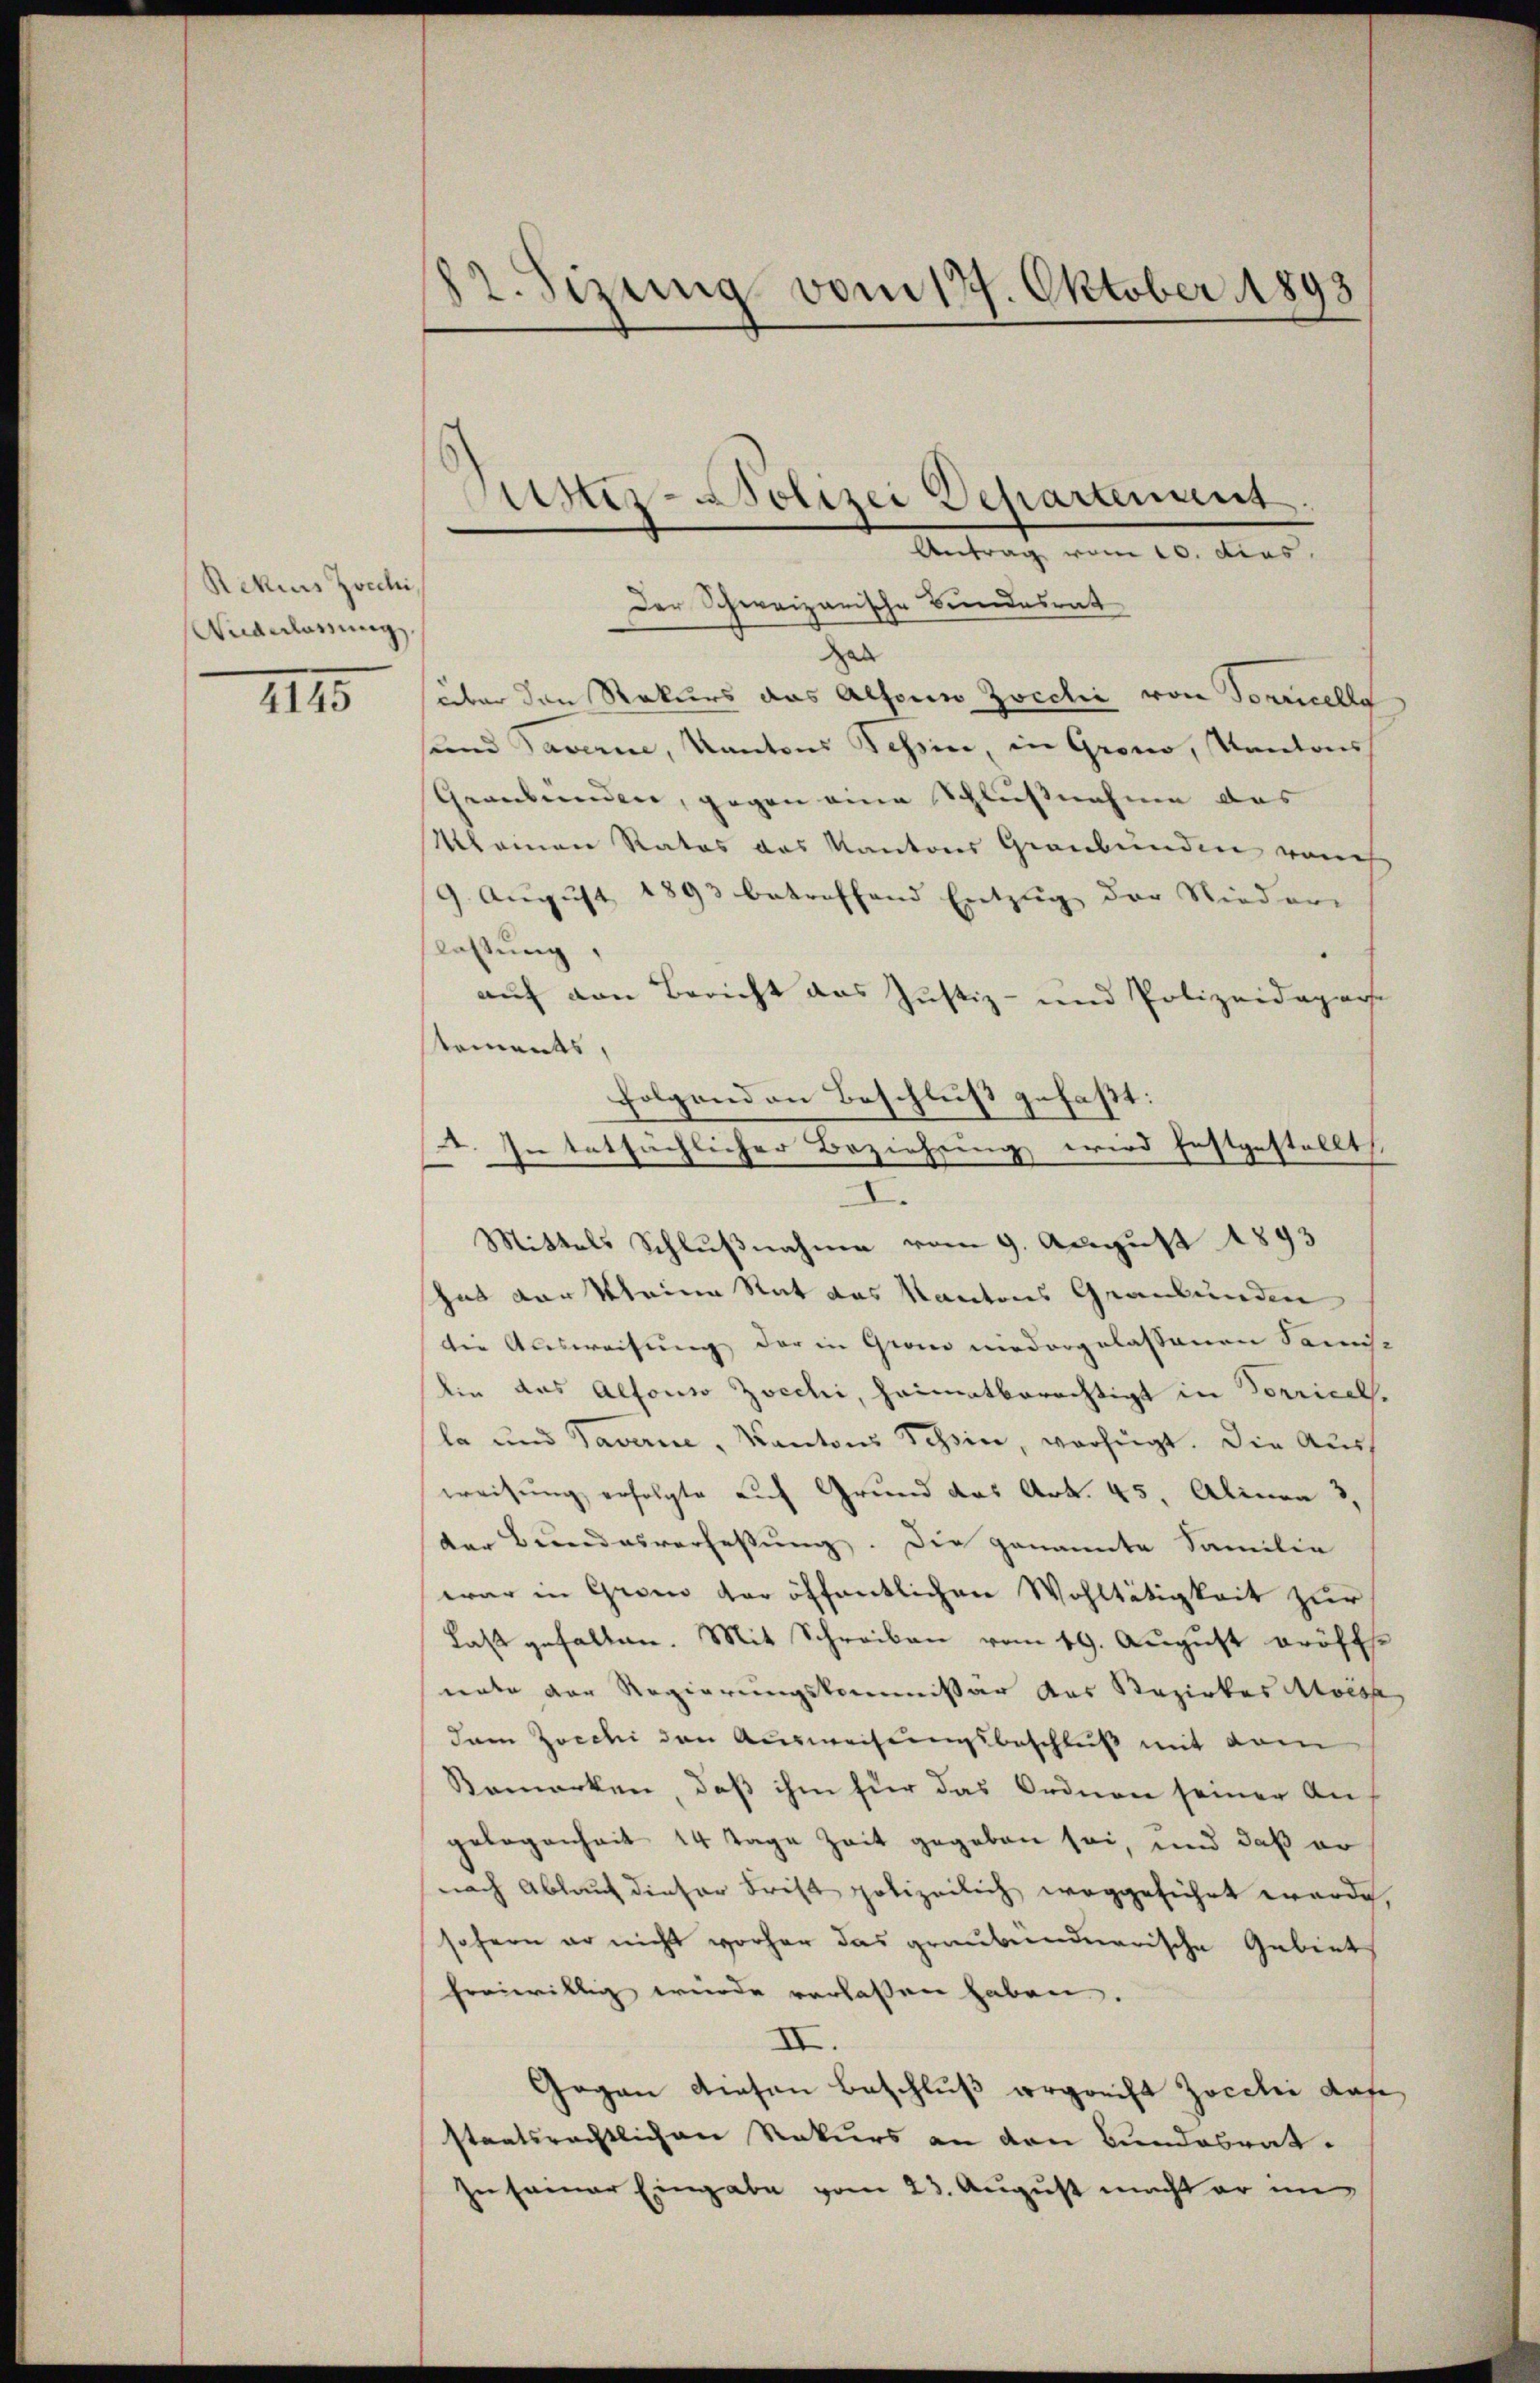
Rekurs Zocchi,
Angelassung

III5

12. Sizung vom 17. Oktober 1893

Kister-Polizei Departement
Der Schweizerische Bundesrat

Antrag vom 10. das
gab
aber den Rekurs das Alton Zocchi von Sonnelle
sund Javance, Kantons Tessin, in Grono, Kantons
Graubünden, gegen eine Schlußnahme das
Mlainen Rates das Kantons Graubünden von
9. August 1893 betreffend Entzug der Nieder
slastung,
auf von Bericht das Justiz- und Polizeideparte
tements,
folgend an Beschluß gefaßt:
A. In tatsächlicher Beziehung wird festgestellt
Mittels Schlußnahme vom 9. August 1893
hat der kleine Rat das Kantons Graubünden
die Ausweisung der in Gran niedergelassenen Samst
lien das Alfonso Zocchi, Heimatberechtigt in Vorricel.
la und Taverne, Kantons Schein, verfügt. Die Ausweisung erfolgte auf Grund das Art. 45, Alinen 3.
der Bundesverfassung. Die genannte Familie
war in Grom der öffentlichen Wohltätigkeit zur
Last gefallen. Mit Schreiben vom 19. August eröffnate der Regierungskommissär das Bezirkes Aloisse
dam Zocchi den Ausweisungsbeschluß mit dem
Bemerken, daß ihm für das Ordnen seiner Angelegenheit 14 Tage Zeit gegeben sei, und daß er
nach Ablauf dieser Frist polizeilich weggeführt werde,
sofern er nicht vorher das graubendarische Gebiet
freiwillig werde verlassen haben.
III.
Gegen diesen Beschluß ergrecht Zocilii dafe
staatsrechtlichen Rekurs an den Bundesrat.
In seiner Eingabe vom 23. August macht er im

2.